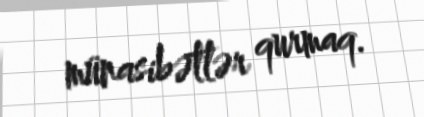
münasibətlər qurmaq.